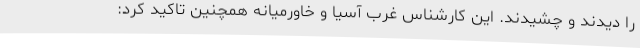
را دیدند و چشیدند. این کارشناس غرب آسیا و خاورمیانه همچنین تاکید کرد: